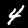
Digit: 4